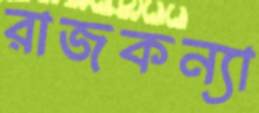
রাজকন্যা